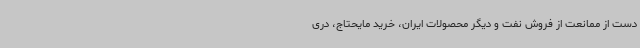
دست از ممانعت از فروش نفت و دیگر محصولات ایران، خرید مایحتاج، دری